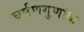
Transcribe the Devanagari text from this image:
घर्षणगुणांक